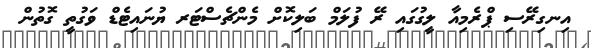
އިނގިރޭސި ޕްރެމިއާ ލީގުގައި ރޭ ފުލަމް ބަލިކޮށް މެންޗެސްޓަރ ޔުނައިޓެޑް ވަގުތީ ގޮތުން